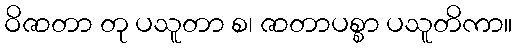
ဝိဇာတာ တု ပသူတာ စ၊ ဇာတာပစ္စာ ပသူတိကာ။